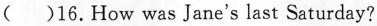
( )16.How was Jane's last Saturday?